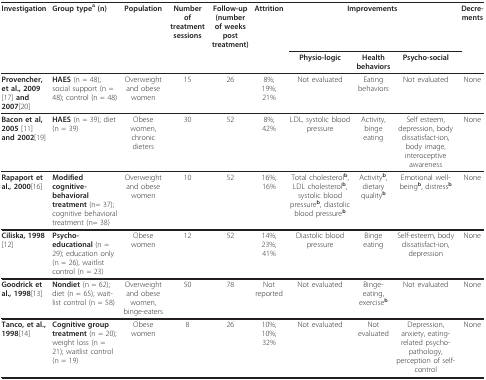
<table><thead><tr><td><b>Investigation</b></td><td><b>Group type<sup>a </sup>(n)</b></td><td><b>Population</b></td><td><b>Number of treatment sessions</b></td><td><b>Follow-up (number of weeks post treatment)</b></td><td><b>Attrition</b></td><td colspan="3"><b>Improvements</b></td><td><b>Decre-ments</b></td></tr><tr><td></td><td></td><td></td><td></td><td></td><td></td><td><b>Physio-logic</b></td><td><b>Health behaviors</b></td><td><b>Psycho-social</b></td><td></td></tr></thead><tbody><tr><td><b>Provencher, et al., 2009</b>[17]<b> and 2007</b>[20]</td><td><b>HAES </b>(n = 48); social support (n = 48); control (n = 48)</td><td>Overweight and obese women</td><td>15</td><td>26</td><td>8%;19%;21%</td><td>Not evaluated</td><td>Eating behaviors</td><td>Not evaluated</td><td>None</td></tr><tr><td><b>Bacon et al, 2005 </b>[11]<b> and 2002</b>[19]</td><td><b>HAES </b>(n = 39); diet (n = 39)</td><td>Obese women, chronic dieters</td><td>30</td><td>52</td><td>8%;42%</td><td>LDL, systolic blood pressure</td><td>Activity, binge eating</td><td>Self esteem, depression, body dissatisfact-ion, body image, interoceptive awareness</td><td>None</td></tr><tr><td><b>Rapaport et al., 2000</b>[16]</td><td><b>Modified cognitive-behavioral treatment </b>(n= 37); cognitive behavioral treatment (n= 38)</td><td>Overweight and obese women</td><td>10</td><td>52</td><td>16%;16%</td><td>Total cholesterol<sup><b>b</b></sup>, LDL cholesterol<sup><b>b</b></sup>, systolic blood pressure<sup><b>b</b></sup>, diastolic blood pressure<sup><b>b</b></sup></td><td>Activity<sup><b>b</b></sup>, dietary quality<sup><b>b</b></sup></td><td>Emotional well-being<sup><b>b</b></sup>, distress<sup><b>b</b></sup></td><td>None</td></tr><tr><td><b>Ciliska, 1998</b>[12]</td><td><b>Psycho-educational </b>(n = 29); education only (n = 26), waitlist control (n = 23)</td><td>Obese women</td><td>12</td><td>52</td><td>14%;23%;41%</td><td>Diastolic blood pressure</td><td>Binge eating</td><td>Self-esteem, body dissatisfact-ion, depression</td><td>None</td></tr><tr><td><b>Goodrick et al., 1998</b>[13]</td><td><b>Nondiet </b>(n = 62); diet (n = 65); wait-list control (n = 58)</td><td>Overweight and obese women, binge-eaters</td><td>50</td><td>78</td><td>Not reported</td><td>Not evaluated</td><td>Binge-eating, exercise<sup><b>b</b></sup></td><td>Not evaluated</td><td>None</td></tr><tr><td><b>Tanco, et al., 1998</b>[14]</td><td><b>Cognitive group treatment </b>(n = 20); weight loss (n = 21); waitlist control (n = 19)</td><td>Obese women</td><td>8</td><td>26</td><td>10%;10%;32%</td><td>Not evaluated</td><td>Not evaluated</td><td>Depression, anxiety, eating-related psycho-pathology, perception of self-control</td><td>None</td></tr></tbody></table>